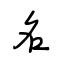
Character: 名